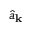
\hat { a } _ { \bf k }